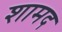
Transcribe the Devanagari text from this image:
शामद